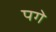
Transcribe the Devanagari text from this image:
पगे